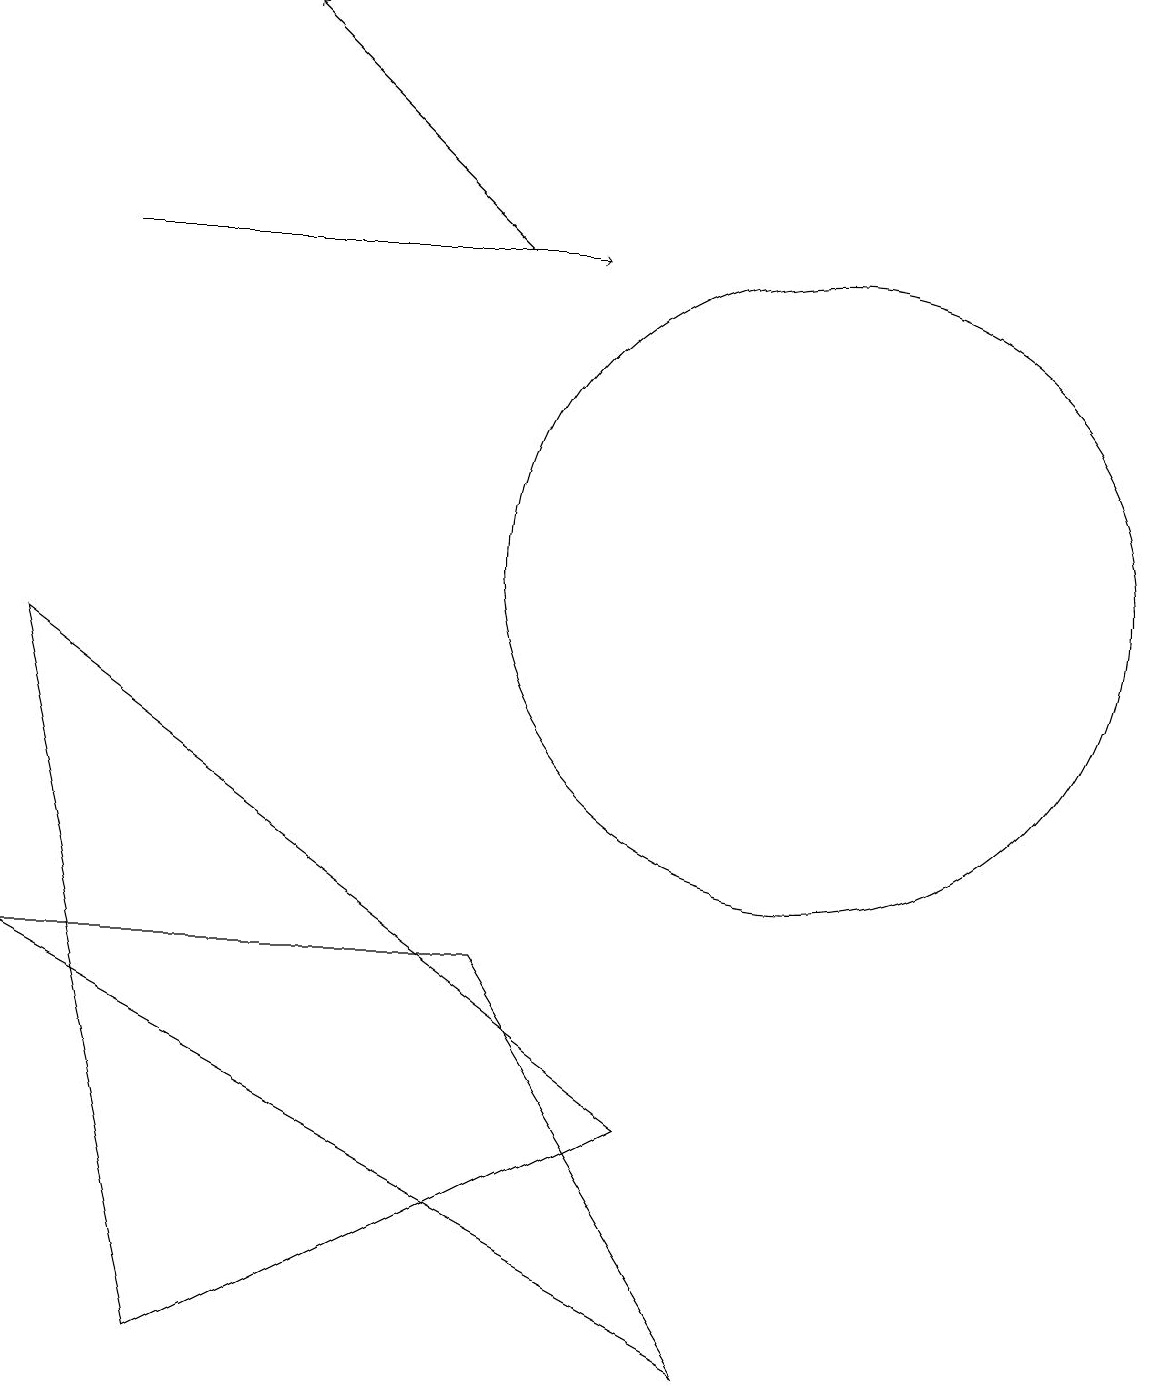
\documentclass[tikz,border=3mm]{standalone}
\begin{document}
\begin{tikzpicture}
\draw[->] (1,14) -- (7,14);
\draw[->] (6,14) -- (3,17);
\draw (9,0) -- (6,5) -- (0,5) -- cycle;
\draw (0,9) -- (2,0) -- (8,3) -- cycle;
\draw (10,10) circle (4);
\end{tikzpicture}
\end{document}